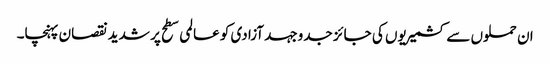
ان حملوں سے کشمیریوں کی جائز جدوجہد آزادی کو عالمی سطح پر شدید نقصان پہنچا۔